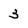
Character: 3